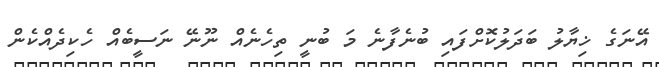
އޭނަގެ ޚިޔާލު ބަދަލުކޮށްފައި ބުނެފާނެ މަ ބުނީ ތިހެނެއް ނޫނޭ ނަސީބެއް ހެކިދެއްކެން